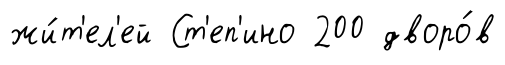
жи́т'ел'ей Ст'еп'ино 200 дворо́в